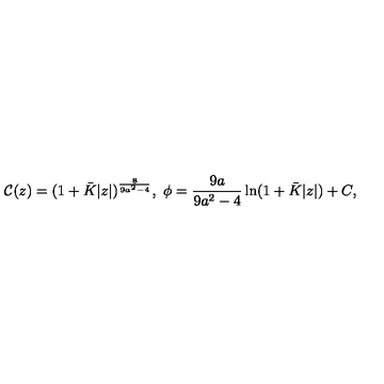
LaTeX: { \cal C } ( z ) = ( 1 + \bar { K } | z | ) ^ { \frac { 8 } { 9 a ^ { 2 } - 4 } } , \ \phi = { \frac { 9 a } { 9 a ^ { 2 } - 4 } } \ln ( 1 + \bar { K } | z | ) + C ,